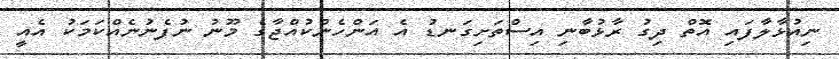
ނިއުޅާލާފައި އޮތް ދިގު ރާޅުބާނި އިސްތަށިގަނޑު އެ އަންހެންކުއްޖާގެ މޫނު ނުފެނުނެއްކަމަކު އެއީ